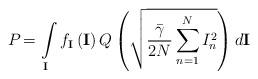
LaTeX: \begin{align*}{{P}_{}}=\int\limits_{\mathbf{I}}{{{f}_{\mathbf{I}}}}\left( \mathbf{I} \right)Q\left( \sqrt{\frac{{\bar{\gamma }}}{2N}\sum\limits_{n=1}^{N}{I_{n}^{2}}} \right)d\mathbf{I}\end{align*}